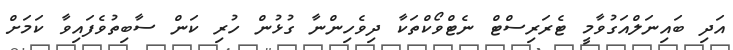
އަދި ބައިނަލްއަގުވާމީ ޓެރަރިސްޓް ނެޓްވޯކްތަކާ ދިވެހިންނާ ގުޅުން ހުރި ކަން ސާބިތުވެފައިވާ ކަމަށް